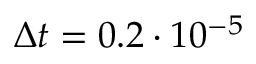
\Delta t = 0 . 2 \cdot 1 0 ^ { - 5 }